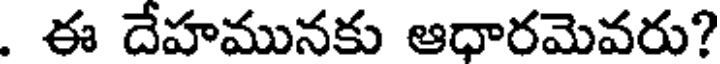
. ఈ దేహమునకు ఆధారమెవరు?